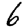
Digit: 6